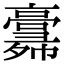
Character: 𢑸